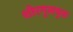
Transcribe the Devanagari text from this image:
शोरगुलयुक्त